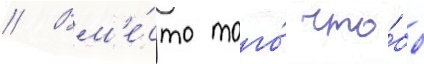
// Вм'е́сто того́ что́бы